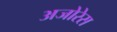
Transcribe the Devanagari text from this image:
अजोरेस